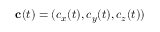
\mathbf { c } ( t ) = ( c _ { x } ( t ) , c _ { y } ( t ) , c _ { z } ( t ) )